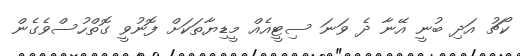
ކޯޗު އަދި ބުނީ އޭނާ ދެ ވަނަ ސިޓީއެއް މީޑިޔާތަކަށް ފޮނުވީ ގޮތްހުސްވެގެން